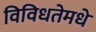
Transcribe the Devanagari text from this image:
विविधतेमधे